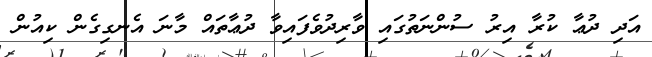
އަދި ދުޢާ ކުރާ އިރު ސުންނަތުގައި ވާރިދުވެފައިވާ ދުޢާތައް މާނަ އެނގިގެން ކިއުން